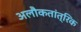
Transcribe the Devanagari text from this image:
अलौकतांत्रिक